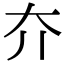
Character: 夰